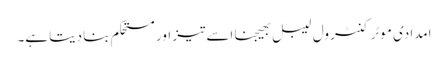
امدادی موٹر کنٹرول لیبل بھیجنا اسے تیز اور مستحکم بنا دیتا ہے۔